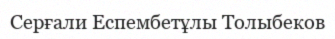
Серғали Еспембетұлы Толыбеков